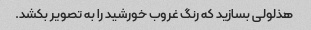
هذلولی بسازید که رنگ غروب خورشید را به تصویر بکشد.